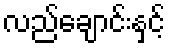
လည်ချောင်းနှင့်